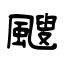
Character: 颼